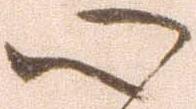
心